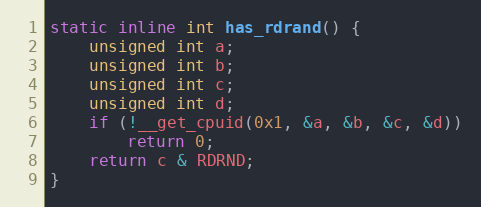
Language: C
static inline int has_rdrand() {
    unsigned int a;
    unsigned int b;
    unsigned int c;
    unsigned int d;
    if (!__get_cpuid(0x1, &a, &b, &c, &d))
        return 0;
    return c & RDRND;
}